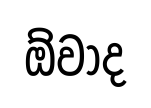
ඕවාද